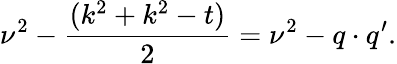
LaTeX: \nu^{2}-\frac{(k^{2}+k^{2}-t)}{2}=\nu^{2}-q\cdot q^{\prime}.